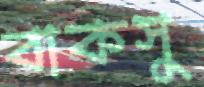
বাকসু